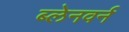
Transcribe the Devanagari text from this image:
ब्लेनवर्न